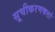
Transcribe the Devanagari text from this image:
सूचीकरणकर्त्ता